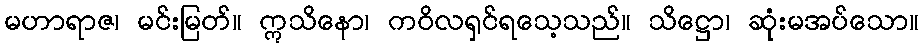
မဟာရာဇ၊ မင်းမြတ်။ ဣသိနော၊ ကဝိလရှင်ရသေ့သည်။ သိဋ္ဌော၊ ဆုံးမအပ်သော။